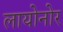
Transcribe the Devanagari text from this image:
लायोनोर